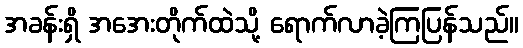
အခန်းရှိ အအေးတိုက်ထဲသို့ ရောက်လာခဲ့ကြပြန်သည်။